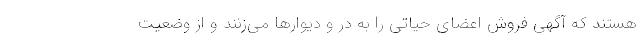
هستند که آگهی فروش اعضای حیاتی را به در و دیوار‌ها می‌زنند و از وضعیت